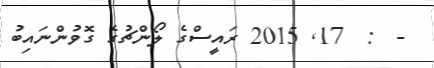
-  :  17